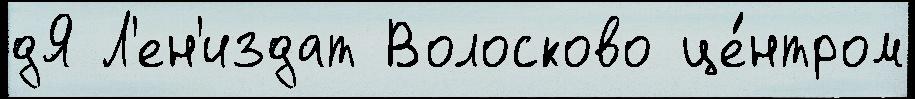
дЯ Л'ен'издат Волосково це́нтром